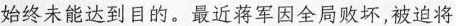
始终未能达到目的。最近蒋军因全两败坏，被迫将